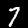
Label: 7